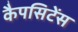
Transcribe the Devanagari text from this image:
कैपसिटेंस